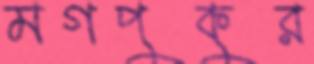
মগপুকুর